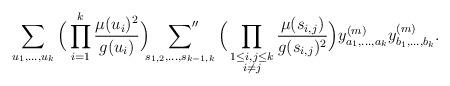
LaTeX: \begin{align*}\sum_{u_1, \ldots, u_k}\Big(\prod_{i = 1}^k \frac{\mu(u_i)^2}{g(u_i)}\Big) \sideset{}{''}\sum_{s_{1, 2}, \ldots, s_{k-1, k}} \Big(\prod_{\substack{1 \leq i, j \leq k \\ i \neq j}} \frac{\mu(s_{i, j})}{g(s_{i, j})^2}\Big) y^{(m)}_{a_1, \ldots, a_k} y^{(m)}_{b_1, \ldots, b_k}.\end{align*}